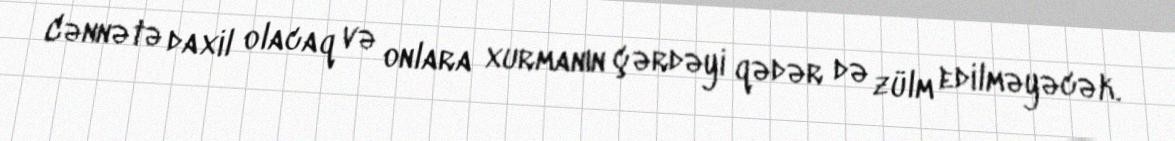
Cənnətə daxil olacaq və onlara xurmanın çərdəyi qədər də zülm edilməyəcək.